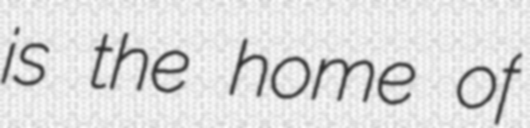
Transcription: is the home of